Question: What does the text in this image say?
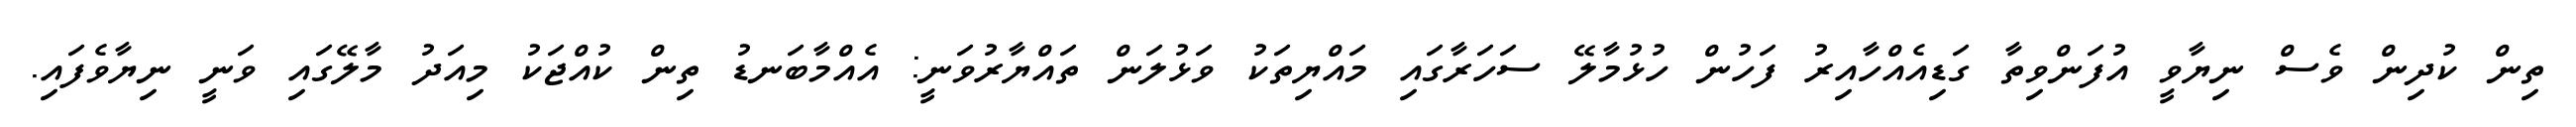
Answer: ތިން ކުދިން ވެސް ނިޔާވީ އުފަންވިތާ ގަޑިއެއްހާއިރު ފަހުން ހުޅުމާލޭ ސަހަރާގައި މައްޔިތަކު ވަޅުލަން ތައްޔާރުވަނީ: އެއްމާބަނޑު ތިން ކުއްޖަކު މިއަދު މާލޭގައި ވަނީ ނިޔާވެފައި.